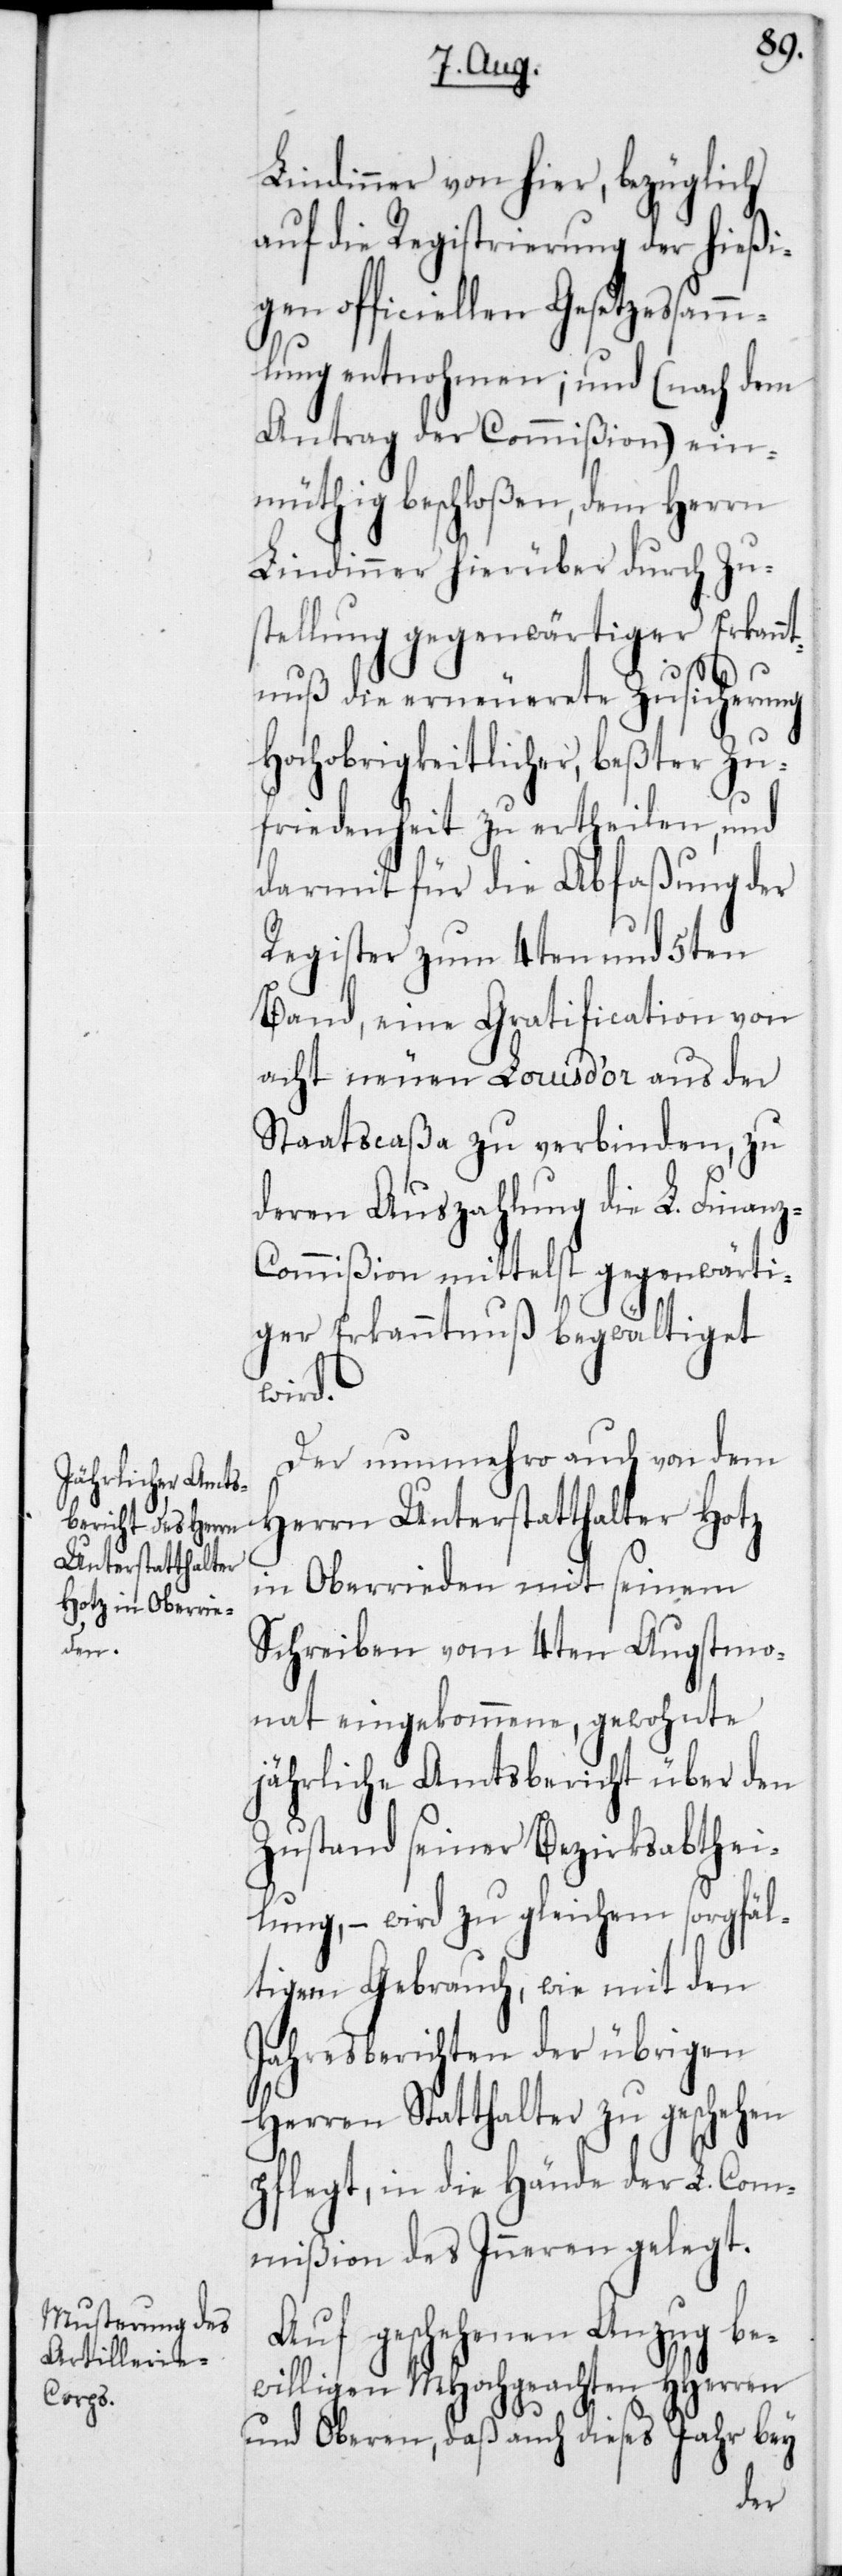
Lindinner von hier, bezüglich
auf die Registrierung der hießi¬
gen officiellen Gesetzessamm¬
lung entnohmen; und (nach dem
Antrag der Commißion) ein¬
müthig beschloßen, dem Herrn
Lindinner hierüber durch Zu¬
stellung gegenwärtiger Erkann¬
tnuß die erneuerete Zusicherung
Hochobrigkeitlicher, beßter Zu¬
friedenheit zu ertheilen, und
darmit für die Abfaßung der
Register zum 4ten und 5ten
Band, eine Gratification von
acht neuen Louis d’or aus der
Staatscaßa zu verbinden, zu
deren Auszahlung die L. Finan¬
z-Commißion mittelst gegenwärti¬
ger Erkanntnuß begwältiget
wird.
Der nunmehro auch von dem
Herrn Unterstatthalter Hotz
in Oberrieden mit seinem
Schreiben vom 4ten Augstmo¬
nat eingekommene, gewohnte
jährliche Amtsbericht über den
Zustand seiner Bezirksabthei¬
lung, – wird zu gleichem sorgfäl¬
tigen Gebrauch, wie mit den
Jahresberichten der übrigen
Herren Stadthalter zu geschehen
pflegt, in die Hände der L. Com¬
mißion des Inneren gelegt.
Auf geschehenen Anzug be¬
willigen MHochgeachten HHerren
und Oberen, daß auch dieses Jahr bey